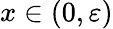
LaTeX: x\in(0,\varepsilon)